Indian Medical Review
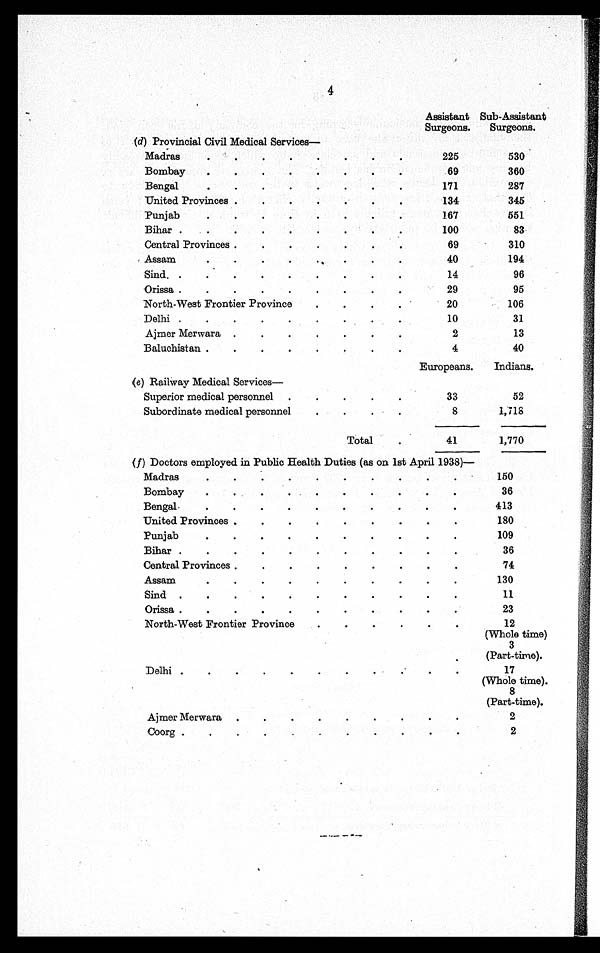
4
Madras
225
530
Bombay
69
360
Bengal
171
287
United Provinces
134
345
Punjab
167
551
Bihar
100
83
Central Provinces
69
310
Assam
40
194
Sind
96
Orissa
29
95
North-West Frontier Province
20
106
Delhi
10
31
Ajmer Merwara
2
13
Baluchistan
4
40
Europeans.
Indians.
Superior medical personnel
33
52
Subordinate medical personnel
8
1,718
Total
41
1,770
(f) Doctors employed in Public Health Duties (as on 1st April 1938)-
Madras
1 0 0
Bombay
36
Bengal
4 1 3
United Provinces
180
Punjab
109
Bihar
36
Central Provinces
74
Assam
130
Sind
11
Orissa.
23
North-West Frontier Province
12
(Whole time)
3
(Part-time).
Delhi
17
(Whole time).
8
(Part-time).
Ajmer Merwara
2
Coorg
2